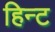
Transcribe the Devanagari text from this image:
हिन्ट